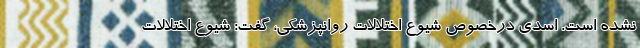
نشده است. اسدی درخصوص شیوع اختلالات روانپزشکی، گفت: شیوع اختلالات